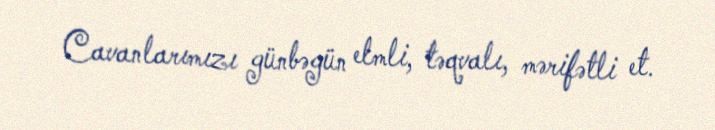
Cavanlarımızı günbəgün elmli, təqvalı, mərifətli et.